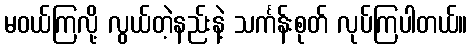
မဝယ်ကြလို့ လွယ်တဲ့နည်းနဲ့ သင်္ကန်းစုတ် လုပ်ကြပါတယ်။